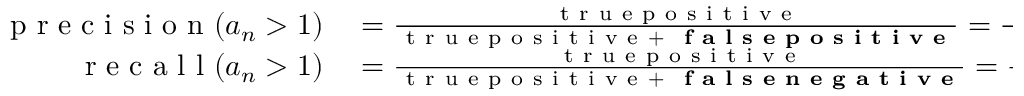
\begin{array} { r l } { \mathrm { ~ p ~ r ~ e ~ c ~ i ~ s ~ i ~ o ~ n ~ } ( a _ { n } > 1 ) } & { { } = \frac { \mathrm { ~ t ~ r ~ u ~ e ~ p ~ o ~ s ~ i ~ t ~ i ~ v ~ e ~ } } { \mathrm { ~ t ~ r ~ u ~ e ~ p ~ o ~ s ~ i ~ t ~ i ~ v ~ e ~ } + \mathrm { ~ \bf ~ f ~ a ~ l ~ s ~ e ~ p ~ o ~ s ~ i ~ t ~ i ~ v ~ e ~ } } = \frac { \mathrm { ~ i ~ n ~ s ~ t ~ a ~ n ~ c ~ e ~ s ~ o ~ f ~ A ~ } } { \mathrm { ~ i ~ n ~ s ~ t ~ a ~ n ~ c ~ e ~ s ~ o ~ f ~ A ~ } + \mathrm { ~ i ~ n ~ s ~ t ~ a ~ n ~ c ~ e ~ s ~ o ~ f ~ C ~ } } , } \\ { \mathrm { ~ r ~ e ~ c ~ a ~ l ~ l ~ } ( a _ { n } > 1 ) } & { { } = \frac { \mathrm { ~ t ~ r ~ u ~ e ~ p ~ o ~ s ~ i ~ t ~ i ~ v ~ e ~ } } { \mathrm { ~ t ~ r ~ u ~ e ~ p ~ o ~ s ~ i ~ t ~ i ~ v ~ e ~ } + \mathrm { ~ \bf ~ f ~ a ~ l ~ s ~ e ~ n ~ e ~ g ~ a ~ t ~ i ~ v ~ e ~ } } = \frac { \mathrm { ~ i ~ n ~ s ~ t ~ a ~ n ~ c ~ e ~ s ~ o ~ f ~ A ~ } } { \mathrm { ~ i ~ n ~ s ~ t ~ a ~ n ~ c ~ e ~ s ~ o ~ f ~ A ~ } + \mathrm { ~ i ~ n ~ s ~ t ~ a ~ n ~ c ~ e ~ s ~ o ~ f ~ B ~ } } , } \end{array}